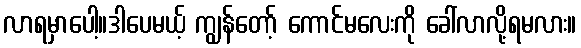
လာရမှာပေါ့။ဒါပေမယ့် ကျွန်တော့် ကောင်မလေးကို ခေါ်လာလို့ရမလား။